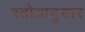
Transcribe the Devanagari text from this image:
स्तोत्रानुसार